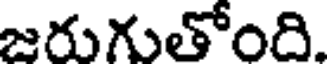
జరుగుతోంది.